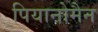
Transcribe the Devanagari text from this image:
पियानोमैन